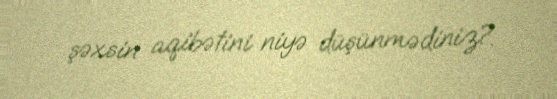
şəxsin aqibətini niyə düşünmədiniz?.